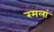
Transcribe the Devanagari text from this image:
रमलां